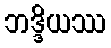
ဘဒ္ဒိယဿ